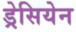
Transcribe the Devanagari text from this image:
ड्रेसियेन